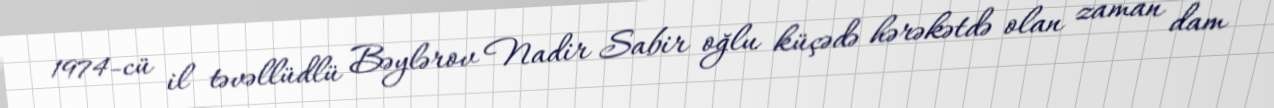
1974-cü il təvəllüdlü Bəylərov Nadir Sabir oğlu küçədə hərəkətdə olan zaman dam